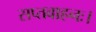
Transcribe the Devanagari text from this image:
सप्तवाहनः।